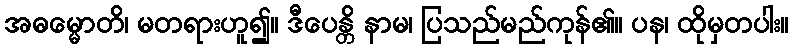
အဓမ္မောတိ၊ မတရားဟူ၍။ ဒီပေန္တိ နာမ၊ ပြသည်မည်ကုန်၏။ ပန၊ ထိုမှတပါး။